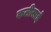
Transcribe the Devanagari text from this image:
कलीसाई